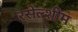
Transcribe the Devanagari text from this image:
रसेल्शीम